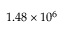
1 . 4 8 \times 1 0 ^ { 6 }